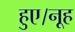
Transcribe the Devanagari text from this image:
हुए।नूह